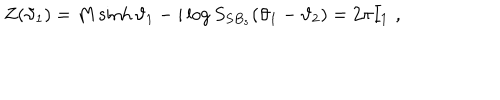
Z ( \vartheta _ { 1 } ) = M \sinh \vartheta _ { 1 } - i \log S _ { S B _ { s } } ( \vartheta _ { 1 } - \vartheta _ { 2 } ) = 2 \pi I _ { 1 } \, \, ,